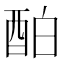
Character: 𨠘